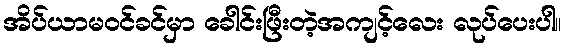
အိပ်ယာမဝင်ခင်မှာ ခေါင်းဖြီးတဲ့အကျင့်လေး လုပ်ပေးပါ။